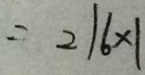
= 2 1 6 \times 1